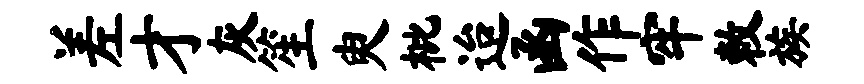
差才灰笙臾枇迨函作牢敕族